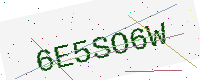
Text: 6E5SO6W